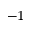
^ { - 1 }